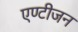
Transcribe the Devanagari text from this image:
एण्टीजन